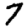
Digit: 7